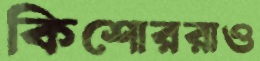
কিশোররাও